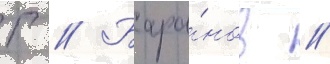
Г // Бара́нов //